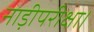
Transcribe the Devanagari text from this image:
नाड़ीपरीक्षा।